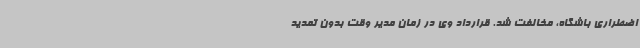
اضطراری باشگاه، مخالفت شد. قرارداد وی در زمان مدیر وقت بدون تمدید